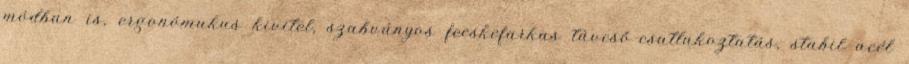
módban is, ergonómukus kivitel, szabványos fecskefarkas távcső-csatlakoztatás, stabil acél